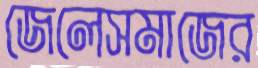
জেলেসমাজের